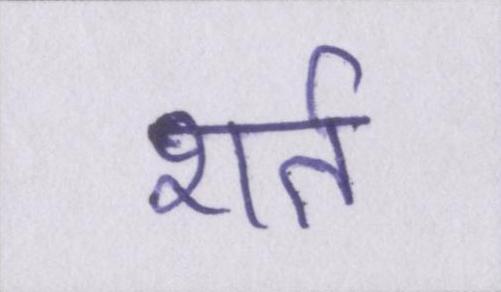
शर्त